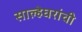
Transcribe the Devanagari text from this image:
साल्हेघरांची